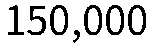
150,000